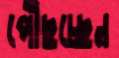
পৌঁছচ্ছেন